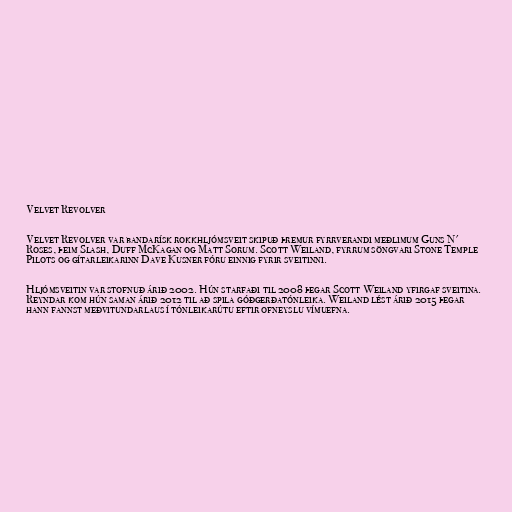
Velvet Revolver

Velvet Revolver var bandarísk rokkhljómsveit skipuð þremur fyrrverandi meðlimum Guns N'
Roses, þeim Slash, Duff McKagan og Matt Sorum. Scott Weiland, fyrrum söngvari Stone Temple
Pilots og gítarleikarinn Dave Kusner fóru einnig fyrir sveitinni.

Hljómsveitin var stofnuð árið 2002. Hún starfaði til 2008 þegar Scott Weiland yfirgaf sveitina.
Reyndar kom hún saman árið 2012 til að spila góðgerðatónleika. Weiland lést árið 2015 þegar
hann fannst meðvitundarlaus í tónleikarútu eftir ofneyslu vímuefna.